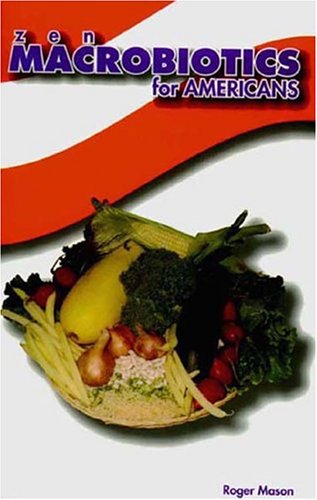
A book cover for Zen Macrobiotics for Americans: A Practical and Delicious Approach to Eating Right for Better Health, Natural Balance & Less Stress; Roger Mason; Health, Fitness & Dieting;